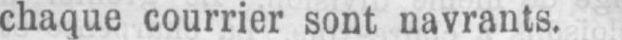
chaque courrier sont navrants.